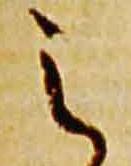
之